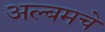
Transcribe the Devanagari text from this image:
अल्बमचे